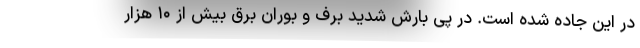
در این جاده شده است. در پی بارش شدید برف و بوران برق بیش از ۱۰ هزار